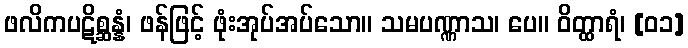
ဖလိကပဋိစ္ဆန္နံ၊ ဖန်ဖြင့် ဖုံးအုပ်အပ်သော။ သမပဏ္ဏာသ၊ ပေ။ ဝိတ္ထာရံ၊ [၀၁]